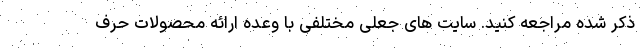
ذکر شده مراجعه کنید. سایت های جعلی مختلفی با وعده ارائه محصولات حرف